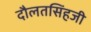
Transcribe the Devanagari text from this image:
दौलतसिंहजी